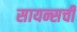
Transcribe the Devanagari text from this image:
सायन्सची